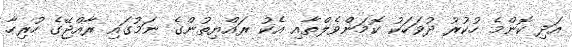
އަދި ކޮންމެ ހުކުރު ދުވަހަކު ކޮމަންވެލްތާއި އެކު ރައްޔިތުންގެ ނަމުގައި ރާއްޖޭގެ ހުރިހާ